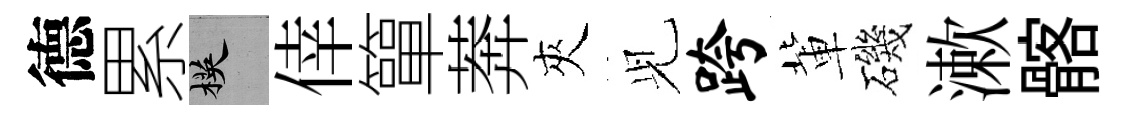
德累楧倖簞莾夾𫤗跨軰磯漱髂